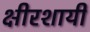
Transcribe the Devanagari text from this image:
क्षीरशायी